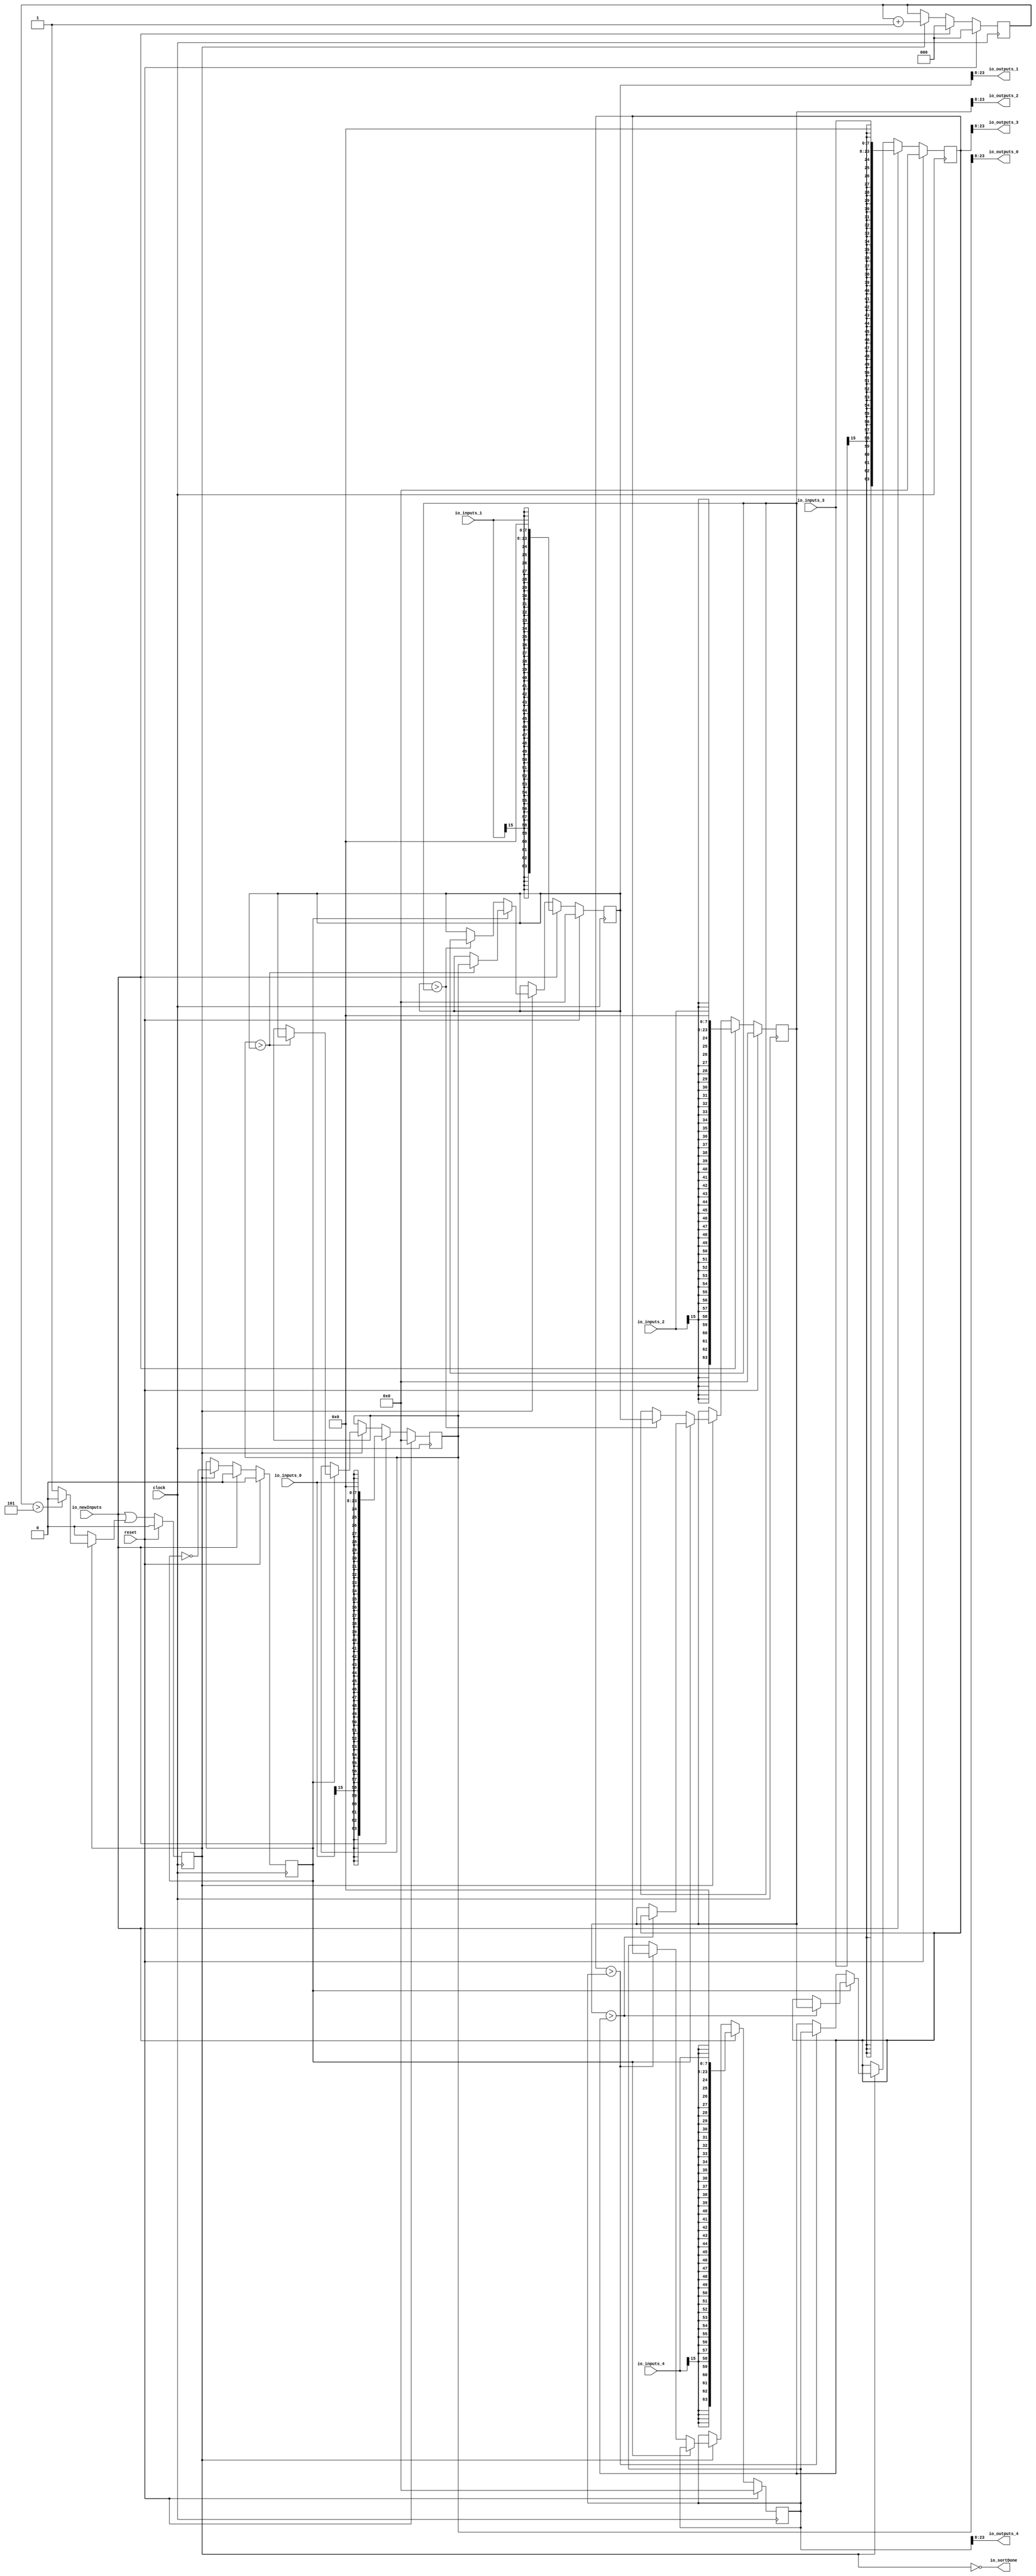
module SortFixed(
  input         clock,
  input         reset,
  input  [15:0] io_inputs_0,
  input  [15:0] io_inputs_1,
  input  [15:0] io_inputs_2,
  input  [15:0] io_inputs_3,
  input  [15:0] io_inputs_4,
  input         io_newInputs,
  output [15:0] io_outputs_0,
  output [15:0] io_outputs_1,
  output [15:0] io_outputs_2,
  output [15:0] io_outputs_3,
  output [15:0] io_outputs_4,
  output        io_sortDone
);
`ifdef RANDOMIZE_REG_INIT
  reg [63:0] _RAND_0;
  reg [63:0] _RAND_1;
  reg [63:0] _RAND_2;
  reg [63:0] _RAND_3;
  reg [63:0] _RAND_4;
  reg [31:0] _RAND_5;
  reg [31:0] _RAND_6;
  reg [31:0] _RAND_7;
`endif // RANDOMIZE_REG_INIT
  reg [63:0] orderedRegs_0; // @[SortFixed.scala 20:28]
  reg [63:0] orderedRegs_1; // @[SortFixed.scala 20:28]
  reg [63:0] orderedRegs_2; // @[SortFixed.scala 20:28]
  reg [63:0] orderedRegs_3; // @[SortFixed.scala 20:28]
  reg [63:0] orderedRegs_4; // @[SortFixed.scala 20:28]
  reg  busy; // @[SortFixed.scala 21:21]
  reg [2:0] sortCounter; // @[SortFixed.scala 22:28]
  reg  isEvenCycle; // @[SortFixed.scala 23:28]
  wire [2:0] _T_110 = sortCounter + 3'h1; // @[SortFixed.scala 33:34]
  wire  _GEN_0 = sortCounter > 3'h5 ? 1'h0 : busy; // @[SortFixed.scala 34:37 SortFixed.scala 35:14 SortFixed.scala 21:21]
  wire [63:0] _GEN_1 = $signed(orderedRegs_0) > $signed(orderedRegs_1) ? $signed(orderedRegs_1) : $signed(orderedRegs_0)
    ; // @[SortFixed.scala 38:48 SortFixed.scala 39:26 SortFixed.scala 20:28]
  wire [63:0] _GEN_2 = $signed(orderedRegs_0) > $signed(orderedRegs_1) ? $signed(orderedRegs_0) : $signed(orderedRegs_1)
    ; // @[SortFixed.scala 38:48 SortFixed.scala 40:26 SortFixed.scala 20:28]
  wire [63:0] _GEN_3 = $signed(orderedRegs_2) > $signed(orderedRegs_3) ? $signed(orderedRegs_3) : $signed(orderedRegs_2)
    ; // @[SortFixed.scala 42:48 SortFixed.scala 43:26 SortFixed.scala 20:28]
  wire [63:0] _GEN_4 = $signed(orderedRegs_2) > $signed(orderedRegs_3) ? $signed(orderedRegs_2) : $signed(orderedRegs_3)
    ; // @[SortFixed.scala 42:48 SortFixed.scala 44:26 SortFixed.scala 20:28]
  wire [63:0] _GEN_5 = $signed(orderedRegs_1) > $signed(orderedRegs_2) ? $signed(orderedRegs_2) : $signed(orderedRegs_1)
    ; // @[SortFixed.scala 47:48 SortFixed.scala 48:26 SortFixed.scala 20:28]
  wire [63:0] _GEN_6 = $signed(orderedRegs_1) > $signed(orderedRegs_2) ? $signed(orderedRegs_1) : $signed(orderedRegs_2)
    ; // @[SortFixed.scala 47:48 SortFixed.scala 49:26 SortFixed.scala 20:28]
  wire [63:0] _GEN_7 = $signed(orderedRegs_3) > $signed(orderedRegs_4) ? $signed(orderedRegs_4) : $signed(orderedRegs_3)
    ; // @[SortFixed.scala 51:48 SortFixed.scala 52:26 SortFixed.scala 20:28]
  wire [63:0] _GEN_8 = $signed(orderedRegs_3) > $signed(orderedRegs_4) ? $signed(orderedRegs_3) : $signed(orderedRegs_4)
    ; // @[SortFixed.scala 51:48 SortFixed.scala 53:26 SortFixed.scala 20:28]
  wire  _GEN_16 = busy ? _GEN_0 : busy; // @[SortFixed.scala 31:17 SortFixed.scala 21:21]
  wire [23:0] _GEN_30 = {$signed(io_inputs_0), 8'h0}; // @[SortFixed.scala 25:23 SortFixed.scala 26:17]
  wire [23:0] _GEN_31 = {$signed(io_inputs_1), 8'h0}; // @[SortFixed.scala 25:23 SortFixed.scala 26:17]
  wire [23:0] _GEN_32 = {$signed(io_inputs_2), 8'h0}; // @[SortFixed.scala 25:23 SortFixed.scala 26:17]
  wire [23:0] _GEN_33 = {$signed(io_inputs_3), 8'h0}; // @[SortFixed.scala 25:23 SortFixed.scala 26:17]
  wire [23:0] _GEN_34 = {$signed(io_inputs_4), 8'h0}; // @[SortFixed.scala 25:23 SortFixed.scala 26:17]
  wire  _GEN_27 = io_newInputs | _GEN_16; // @[SortFixed.scala 25:23 SortFixed.scala 27:10]
  wire [55:0] _GEN_35 = orderedRegs_0[63:8]; // @[SortFixed.scala 59:14]
  wire [55:0] _GEN_37 = orderedRegs_1[63:8]; // @[SortFixed.scala 59:14]
  wire [55:0] _GEN_39 = orderedRegs_2[63:8]; // @[SortFixed.scala 59:14]
  wire [55:0] _GEN_41 = orderedRegs_3[63:8]; // @[SortFixed.scala 59:14]
  wire [55:0] _GEN_43 = orderedRegs_4[63:8]; // @[SortFixed.scala 59:14]
  assign io_outputs_0 = _GEN_35[15:0]; // @[SortFixed.scala 59:14]
  assign io_outputs_1 = _GEN_37[15:0]; // @[SortFixed.scala 59:14]
  assign io_outputs_2 = _GEN_39[15:0]; // @[SortFixed.scala 59:14]
  assign io_outputs_3 = _GEN_41[15:0]; // @[SortFixed.scala 59:14]
  assign io_outputs_4 = _GEN_43[15:0]; // @[SortFixed.scala 59:14]
  assign io_sortDone = ~busy; // @[SortFixed.scala 58:24]
  always @(posedge clock) begin
    if (reset) begin // @[SortFixed.scala 20:28]
      orderedRegs_0 <= 64'sh0; // @[SortFixed.scala 20:28]
    end else if (io_newInputs) begin // @[SortFixed.scala 25:23]
      orderedRegs_0 <= {{40{_GEN_30[23]}},_GEN_30}; // @[SortFixed.scala 26:17]
    end else if (busy) begin // @[SortFixed.scala 31:17]
      if (isEvenCycle) begin // @[SortFixed.scala 37:26]
        orderedRegs_0 <= _GEN_1;
      end
    end
    if (reset) begin // @[SortFixed.scala 20:28]
      orderedRegs_1 <= 64'sh0; // @[SortFixed.scala 20:28]
    end else if (io_newInputs) begin // @[SortFixed.scala 25:23]
      orderedRegs_1 <= {{40{_GEN_31[23]}},_GEN_31}; // @[SortFixed.scala 26:17]
    end else if (busy) begin // @[SortFixed.scala 31:17]
      if (isEvenCycle) begin // @[SortFixed.scala 37:26]
        orderedRegs_1 <= _GEN_2;
      end else begin
        orderedRegs_1 <= _GEN_5;
      end
    end
    if (reset) begin // @[SortFixed.scala 20:28]
      orderedRegs_2 <= 64'sh0; // @[SortFixed.scala 20:28]
    end else if (io_newInputs) begin // @[SortFixed.scala 25:23]
      orderedRegs_2 <= {{40{_GEN_32[23]}},_GEN_32}; // @[SortFixed.scala 26:17]
    end else if (busy) begin // @[SortFixed.scala 31:17]
      if (isEvenCycle) begin // @[SortFixed.scala 37:26]
        orderedRegs_2 <= _GEN_3;
      end else begin
        orderedRegs_2 <= _GEN_6;
      end
    end
    if (reset) begin // @[SortFixed.scala 20:28]
      orderedRegs_3 <= 64'sh0; // @[SortFixed.scala 20:28]
    end else if (io_newInputs) begin // @[SortFixed.scala 25:23]
      orderedRegs_3 <= {{40{_GEN_33[23]}},_GEN_33}; // @[SortFixed.scala 26:17]
    end else if (busy) begin // @[SortFixed.scala 31:17]
      if (isEvenCycle) begin // @[SortFixed.scala 37:26]
        orderedRegs_3 <= _GEN_4;
      end else begin
        orderedRegs_3 <= _GEN_7;
      end
    end
    if (reset) begin // @[SortFixed.scala 20:28]
      orderedRegs_4 <= 64'sh0; // @[SortFixed.scala 20:28]
    end else if (io_newInputs) begin // @[SortFixed.scala 25:23]
      orderedRegs_4 <= {{40{_GEN_34[23]}},_GEN_34}; // @[SortFixed.scala 26:17]
    end else if (busy) begin // @[SortFixed.scala 31:17]
      if (!(isEvenCycle)) begin // @[SortFixed.scala 37:26]
        orderedRegs_4 <= _GEN_8;
      end
    end
    if (reset) begin // @[SortFixed.scala 21:21]
      busy <= 1'h0; // @[SortFixed.scala 21:21]
    end else begin
      busy <= _GEN_27;
    end
    if (reset) begin // @[SortFixed.scala 22:28]
      sortCounter <= 3'h0; // @[SortFixed.scala 22:28]
    end else if (io_newInputs) begin // @[SortFixed.scala 25:23]
      sortCounter <= 3'h0; // @[SortFixed.scala 28:17]
    end else if (busy) begin // @[SortFixed.scala 31:17]
      sortCounter <= _T_110; // @[SortFixed.scala 33:19]
    end
    if (reset) begin // @[SortFixed.scala 23:28]
      isEvenCycle <= 1'h0; // @[SortFixed.scala 23:28]
    end else if (io_newInputs) begin // @[SortFixed.scala 25:23]
      isEvenCycle <= 1'h0; // @[SortFixed.scala 29:17]
    end else if (busy) begin // @[SortFixed.scala 31:17]
      isEvenCycle <= ~isEvenCycle; // @[SortFixed.scala 32:19]
    end
  end
// Register and memory initialization
`ifdef RANDOMIZE_GARBAGE_ASSIGN
`define RANDOMIZE
`endif
`ifdef RANDOMIZE_INVALID_ASSIGN
`define RANDOMIZE
`endif
`ifdef RANDOMIZE_REG_INIT
`define RANDOMIZE
`endif
`ifdef RANDOMIZE_MEM_INIT
`define RANDOMIZE
`endif
`ifndef RANDOM
`define RANDOM $random
`endif
`ifdef RANDOMIZE_MEM_INIT
  integer initvar;
`endif
`ifndef SYNTHESIS
`ifdef FIRRTL_BEFORE_INITIAL
`FIRRTL_BEFORE_INITIAL
`endif
initial begin
  `ifdef RANDOMIZE
    `ifdef INIT_RANDOM
      `INIT_RANDOM
    `endif
    `ifndef VERILATOR
      `ifdef RANDOMIZE_DELAY
        #`RANDOMIZE_DELAY begin end
      `else
        #0.002 begin end
      `endif
    `endif
`ifdef RANDOMIZE_REG_INIT
  _RAND_0 = {2{`RANDOM}};
  orderedRegs_0 = _RAND_0[63:0];
  _RAND_1 = {2{`RANDOM}};
  orderedRegs_1 = _RAND_1[63:0];
  _RAND_2 = {2{`RANDOM}};
  orderedRegs_2 = _RAND_2[63:0];
  _RAND_3 = {2{`RANDOM}};
  orderedRegs_3 = _RAND_3[63:0];
  _RAND_4 = {2{`RANDOM}};
  orderedRegs_4 = _RAND_4[63:0];
  _RAND_5 = {1{`RANDOM}};
  busy = _RAND_5[0:0];
  _RAND_6 = {1{`RANDOM}};
  sortCounter = _RAND_6[2:0];
  _RAND_7 = {1{`RANDOM}};
  isEvenCycle = _RAND_7[0:0];
`endif // RANDOMIZE_REG_INIT
  `endif // RANDOMIZE
end // initial
`ifdef FIRRTL_AFTER_INITIAL
`FIRRTL_AFTER_INITIAL
`endif
`endif // SYNTHESIS
endmodule